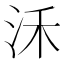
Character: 𣲲